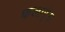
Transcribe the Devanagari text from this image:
फलार्ंग